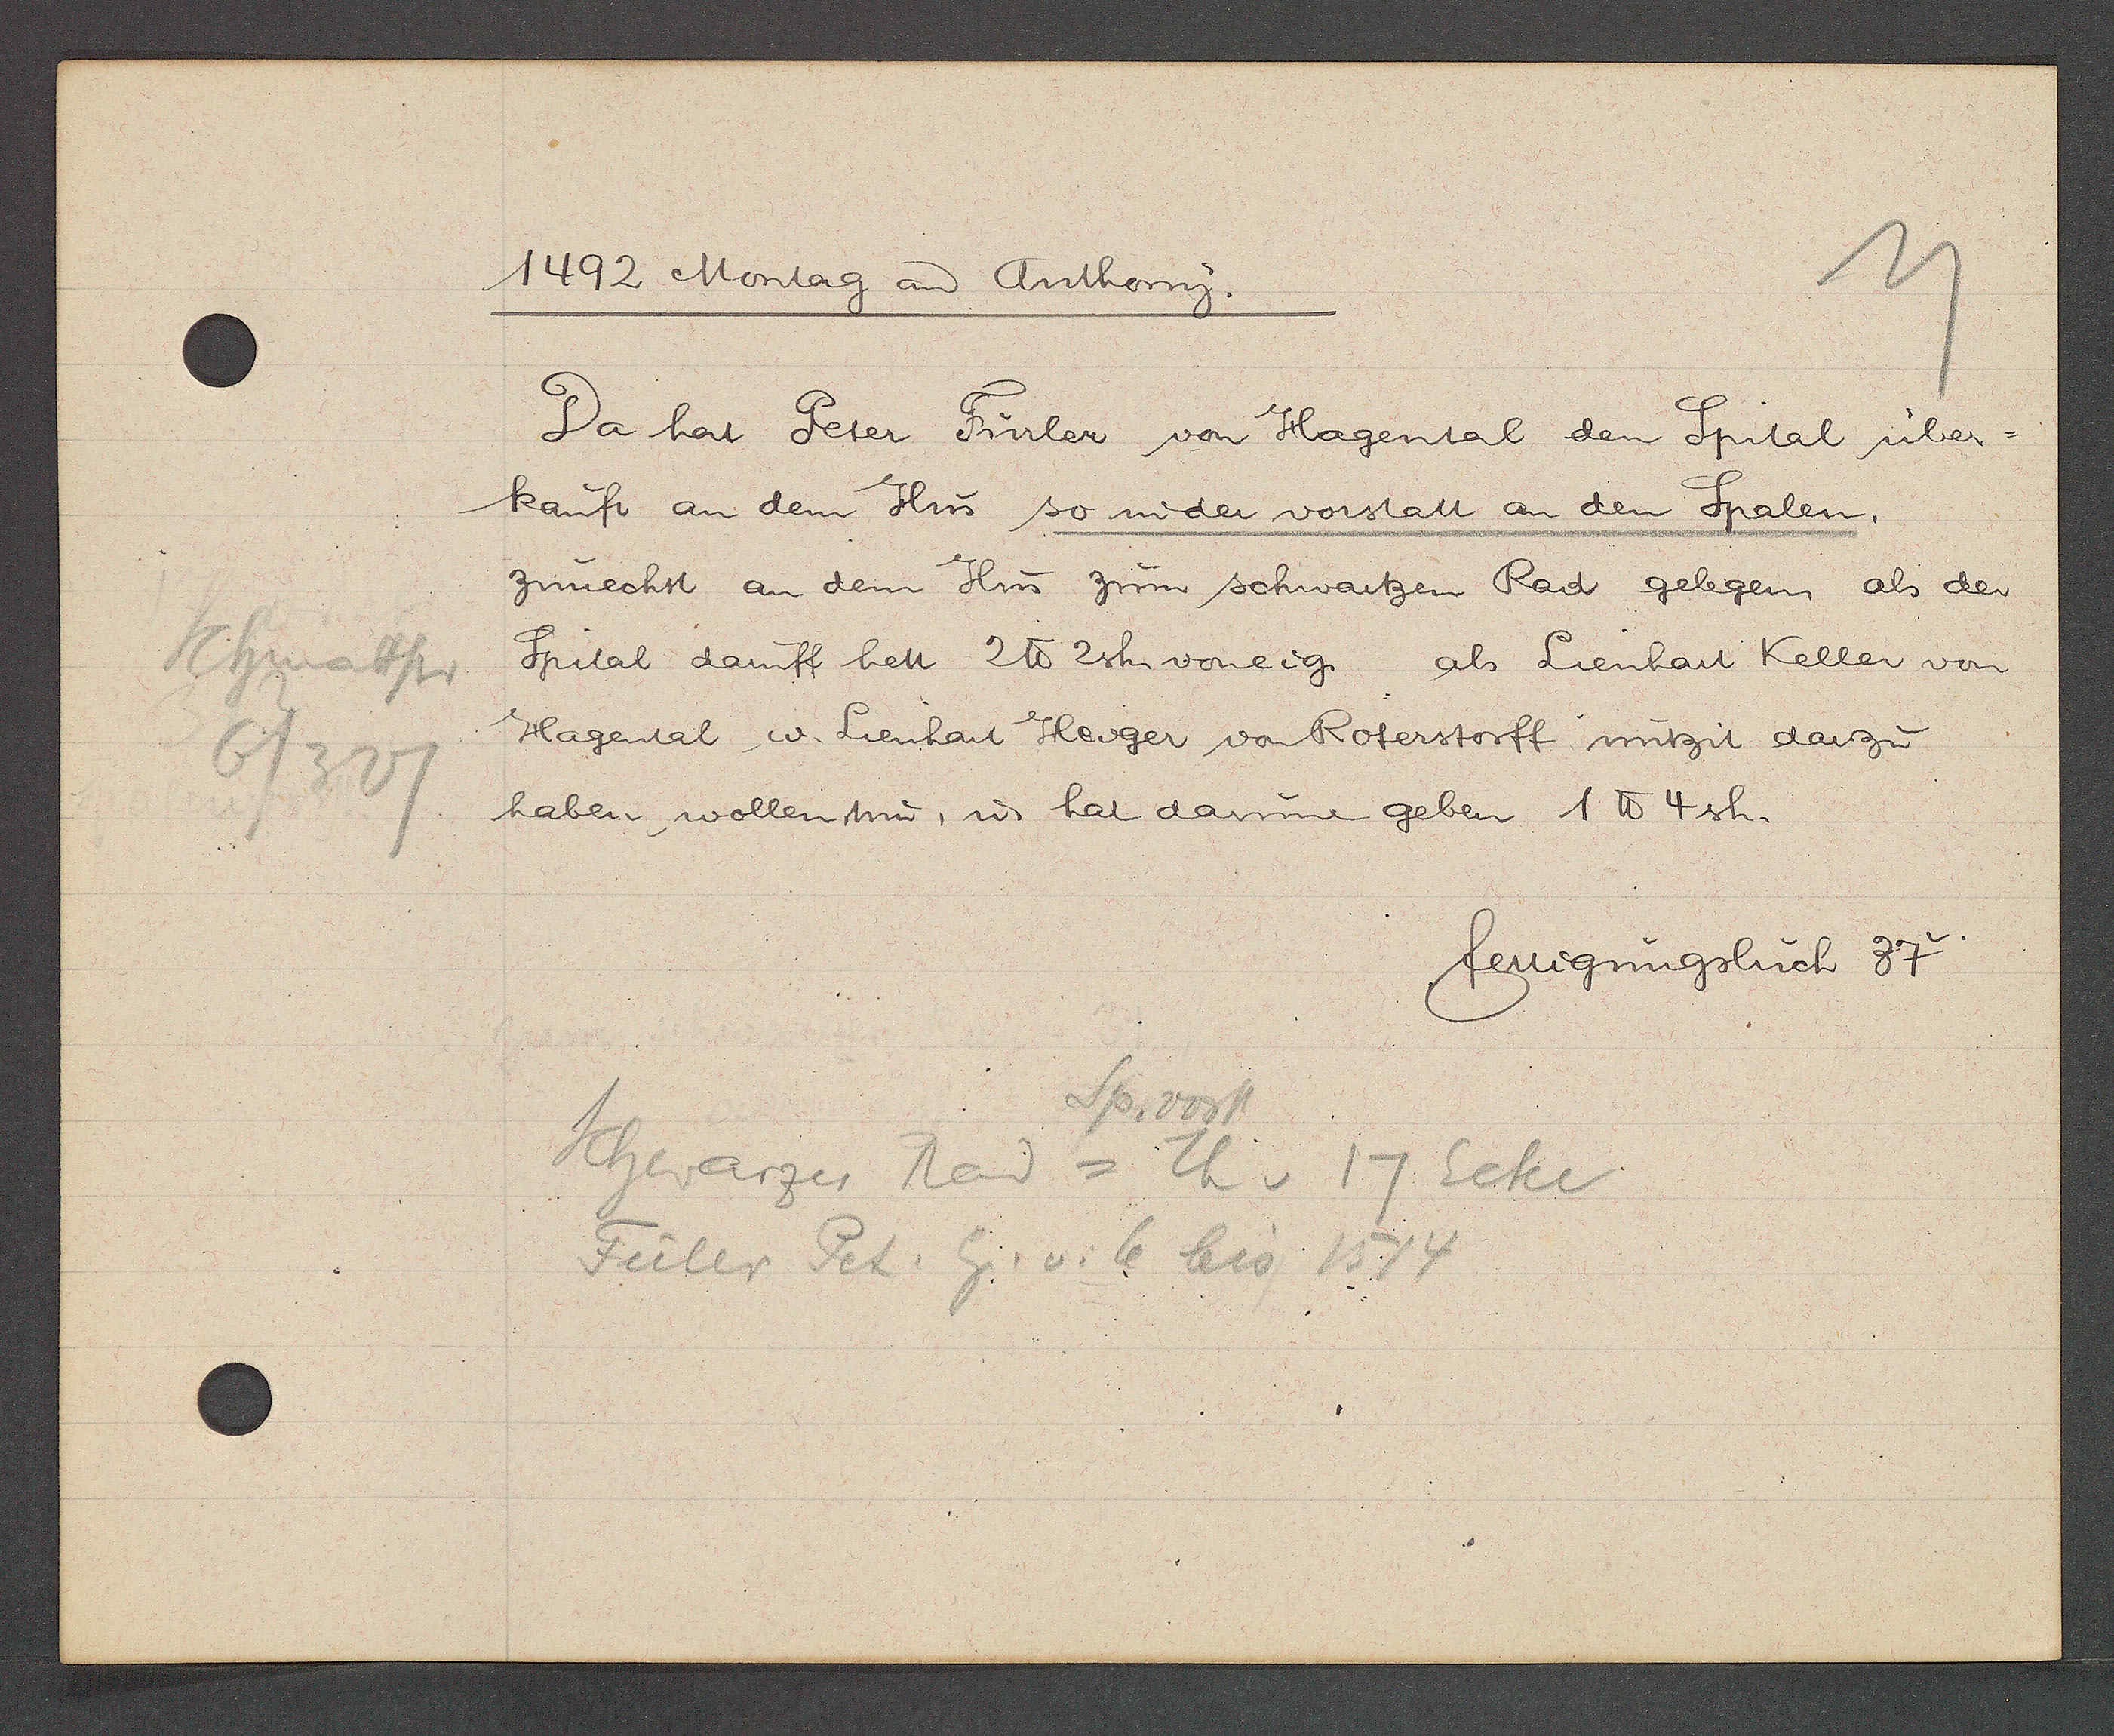
Transcript:
Schmattstr
6/327

1492 Montag an Anthony.

Da hat Peter Fürler von Hagental den Spital über¬
kauft an dem Hus so in der vorstatt an den Spalen,
zunechst an dem Hus zum schwartzen Rad gelegen als der
Spital daruff hett 2 ℔ 2sh. voneig. als Lienhart Keller von
Hagental u. Lienhart Heiger von Roterstorff mitzit darzu
haben wollen tun, ư hat darum geben 1℔ 4 sh.

Sp. vorst
Schwarzes Rad = Th v 17 Ecke
Füler Pet. Eig. v. 6 bis 1514

fertigungsbuch 87v.